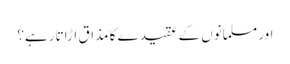
اور مسلمانوں کے عقیدے کا مذاق اڑاتا رہے؟